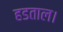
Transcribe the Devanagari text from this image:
हडताल।